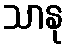
သာနု